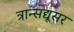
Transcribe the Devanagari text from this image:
त्रान्सद्यूसर